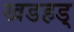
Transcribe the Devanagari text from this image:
खडहड्